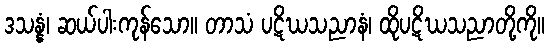
ဒသန္နံ၊ ဆယ်ပါးကုန်သော။ တာသံ ပဋိဃသညာနံ၊ ထိုပဋိဃသညာတို့ကို။